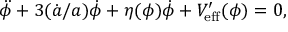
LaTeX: \ddot { \phi } + 3 ( \dot { a } / a ) \dot { \phi } + \eta ( \phi ) \dot { \phi } + V _ { \mathrm { e f f } } ^ { \prime } ( \phi ) = 0 ,